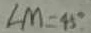
\angle M = 4 5 ^ { \circ }